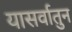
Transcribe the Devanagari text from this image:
यासर्वातुन